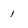
Character: 1